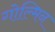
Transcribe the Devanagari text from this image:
गोल्मिन